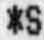
*S